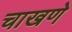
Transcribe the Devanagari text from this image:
चाखणे